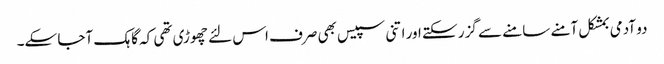
دو آدمی بمشکل آمنے سامنے سے گزر سکتے اور اتنی سپیس بھی صرف اس لئے چھوڑی تھی کہ گاہک آجا سکے۔